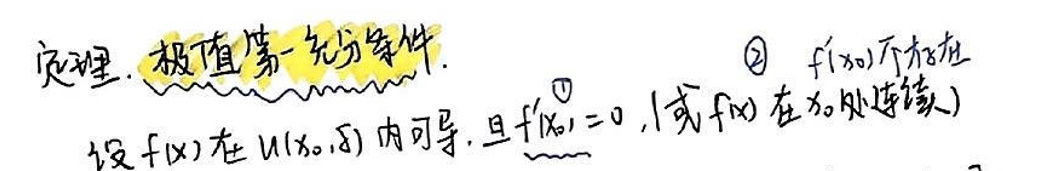
定理. 极值第一充分条件.

设\(f(x)\)在\(U(x_0,\delta)\)内可导, 且\(f'(x_0)=0\), 或\(f(x)\)在\(x_0\)处连续.

\textcircled{2} \(f'(x_0)\)不存在